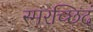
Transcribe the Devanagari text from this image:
स्मरच्छिदं